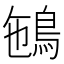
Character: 𩿽